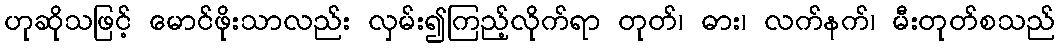
ဟုဆိုသဖြင့် မောင်ဖိုးသာလည်း လှမ်း၍ကြည့်လိုက်ရာ တုတ်၊ ဓား၊ လက်နက်၊ မီးတုတ်စသည်